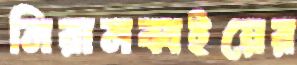
নিরানব্বইয়ের